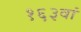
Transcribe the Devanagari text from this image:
१६३वां